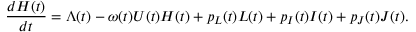
\frac { d H ( t ) } { d t } = \Lambda ( t ) - \omega ( t ) U ( t ) H ( t ) + p _ { L } ( t ) L ( t ) + p _ { I } ( t ) I ( t ) + p _ { J } ( t ) J ( t ) .